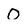
Character: O